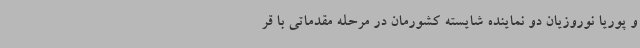
و پوریا نوروزیان دو نماینده شایسته کشورمان در مرحله مقدماتی با قر